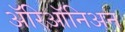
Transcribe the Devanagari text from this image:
ॲरिऑनिअन